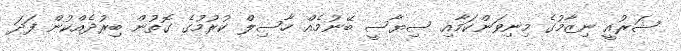
ޝަރުއީ ނިޒާމުގެ މިނިވަންކަމާއި ސިޔާސީ ބޭނުމެއް ހާސިލް ކުރުމުގެ ގޮތުން ބިރުދެއްކުން ފަދަ